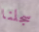
سجلنا